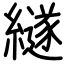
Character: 繸